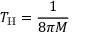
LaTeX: T _ { \mathrm { H } } = { \frac { 1 } { 8 \pi M } }